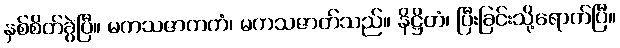
နှစ်စိတ်ခွဲပြီ။ မကသဇာတကံ၊ မကသဇာတ်သည်။ နိဋ္ဌိတံ၊ ပြီးခြင်းသို့ရောက်ပြီ။